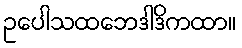
ဥပေါသထဘေဒါဒိကထာ။